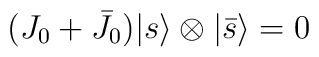
(J_0+\bar{J}_0){\vert{s}\rangle}\otimes{\vert{\bar{s}}\rangle}= 0